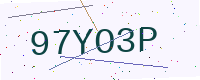
Text: 97YO3P